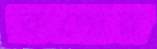
রুপোর